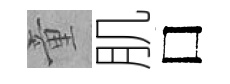
童肌□